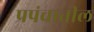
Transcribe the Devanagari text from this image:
प्रपंचातील